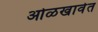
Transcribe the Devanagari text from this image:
ओळखावेत